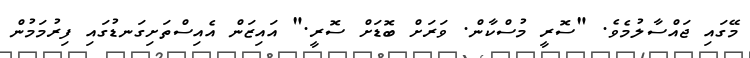
މޭގައި ޖައްސާލުމެވެ. "ސޮރީ މުސްކާން. ވަރަށް ބޮޑަށް ސޮރީ." އައިޒަން އެއިސްތަށިގަނޑުގައި ފިރުމަމުން